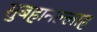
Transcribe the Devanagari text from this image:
सुबहानल्लाह